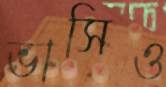
ভাসিও